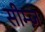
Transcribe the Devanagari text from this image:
सीम्ज़